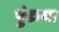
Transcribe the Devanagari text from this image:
पुंडाया